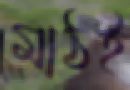
মাঠই